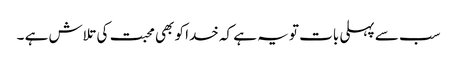
سب سے پہلی بات تو یہ ہے کہ خدا کو بھی محبت کی تلاش ہے ۔